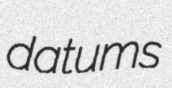
datums